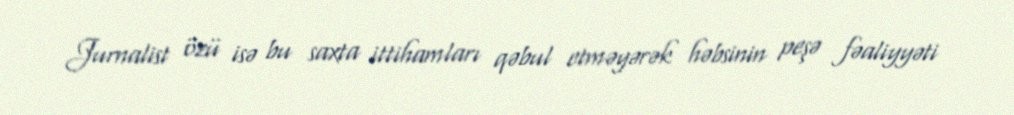
Jurnalist özü isə bu saxta ittihamları qəbul etməyərək həbsinin peşə fəaliyyəti